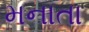
મનાતા